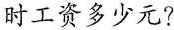
时工资多少元?